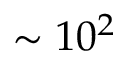
\sim 1 0 ^ { 2 }